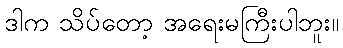
ဒါက သိပ်တော့ အရေးမကြီးပါဘူး။